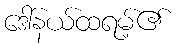
ဒေါ်နယ်ထရမ့်၏